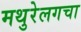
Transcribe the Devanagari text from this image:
मथुरेलगचा